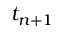
t _ { n + 1 }